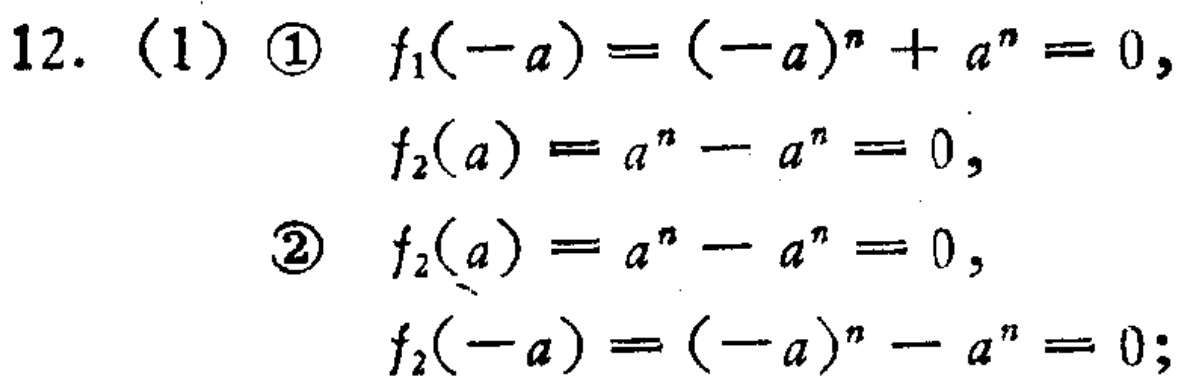
12. (1) \textcircled{1} \(f_1(-a)=(-a)^n + a^n = 0,\)

\(f_2(a)=a^n - a^n = 0,\)

\textcircled{2} \(f_2(a)=a^n - a^n = 0,\)

\(f_2(-a)=(-a)^n - a^n = 0;\)